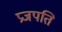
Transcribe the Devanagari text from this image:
प्रजपति